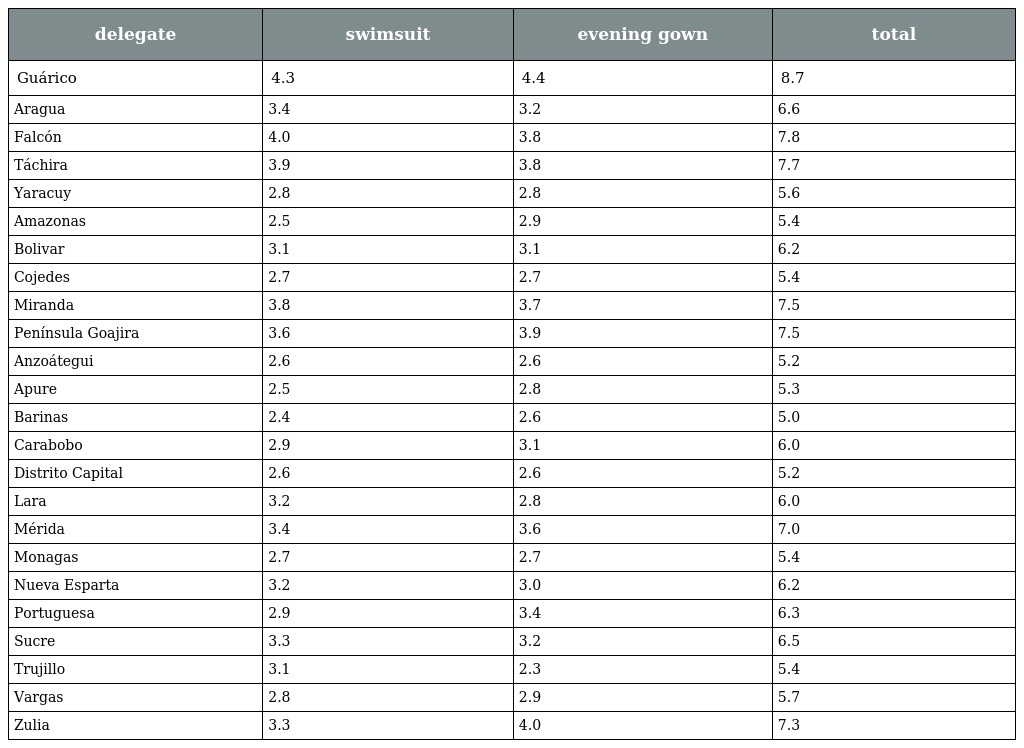
| delegate | swimsuit | evening gown | total |
 | --- | --- | --- | --- |
 | Guárico | 4.3 | 4.4 | 8.7 |
 | Aragua | 3.4 | 3.2 | 6.6 |
 | Falcón | 4.0 | 3.8 | 7.8 |
 | Táchira | 3.9 | 3.8 | 7.7 |
 | Yaracuy | 2.8 | 2.8 | 5.6 |
 | Amazonas | 2.5 | 2.9 | 5.4 |
 | Bolivar | 3.1 | 3.1 | 6.2 |
 | Cojedes | 2.7 | 2.7 | 5.4 |
 | Miranda | 3.8 | 3.7 | 7.5 |
 | Península Goajira | 3.6 | 3.9 | 7.5 |
 | Anzoátegui | 2.6 | 2.6 | 5.2 |
 | Apure | 2.5 | 2.8 | 5.3 |
 | Barinas | 2.4 | 2.6 | 5.0 |
 | Carabobo | 2.9 | 3.1 | 6.0 |
 | Distrito Capital | 2.6 | 2.6 | 5.2 |
 | Lara | 3.2 | 2.8 | 6.0 |
 | Mérida | 3.4 | 3.6 | 7.0 |
 | Monagas | 2.7 | 2.7 | 5.4 |
 | Nueva Esparta | 3.2 | 3.0 | 6.2 |
 | Portuguesa | 2.9 | 3.4 | 6.3 |
 | Sucre | 3.3 | 3.2 | 6.5 |
 | Trujillo | 3.1 | 2.3 | 5.4 |
 | Vargas | 2.8 | 2.9 | 5.7 |
 | Zulia | 3.3 | 4.0 | 7.3 |